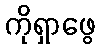
ကိုရှာဖွေ